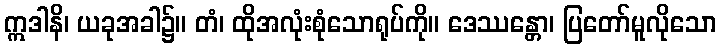
ဣဒါနိ၊ ယခုအခါ၌။ တံ၊ ထိုအလုံးစုံသောရုပ်ကို။ ဒေဿန္တော၊ ပြတော်မူလိုသော